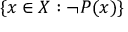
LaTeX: \{ x \in X : \neg P ( x ) \}